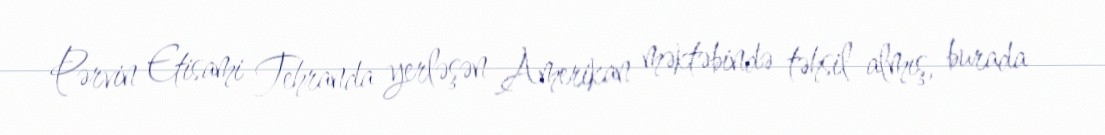
Pərvin Etisami Tehranda yerləşən Amerikan məktəbində təhsil almış, burada